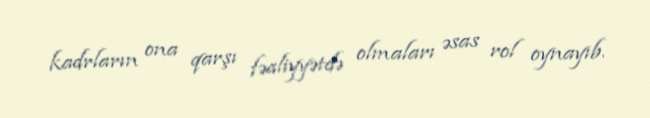
kadrların ona qarşı fəaliyyətdə olmaları əsas rol oynayıb.